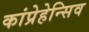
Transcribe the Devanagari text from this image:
कांप्रेहेन्सिव